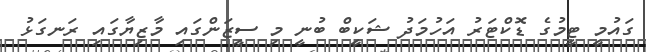
ގައުމީ ޓީމުގެ ޑޮކްޓަރު އަހުމަދު ޝަކީބް ބުނީ މި ސީޒަންގައި މާޒިޔާގައި ރަނގަޅު